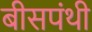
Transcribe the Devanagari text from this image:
बीसपंथी